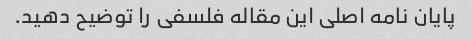
پایان نامه اصلی این مقاله فلسفی را توضیح دهید.